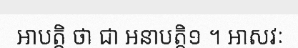
អាបត្តិ ថា ជា អនាបត្តិ១ ។ អាសវៈ